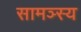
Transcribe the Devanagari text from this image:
सामञ्स्य